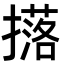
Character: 𭢥